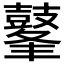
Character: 𪔞